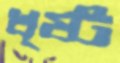
খৃষ্ট